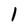
Character: 1